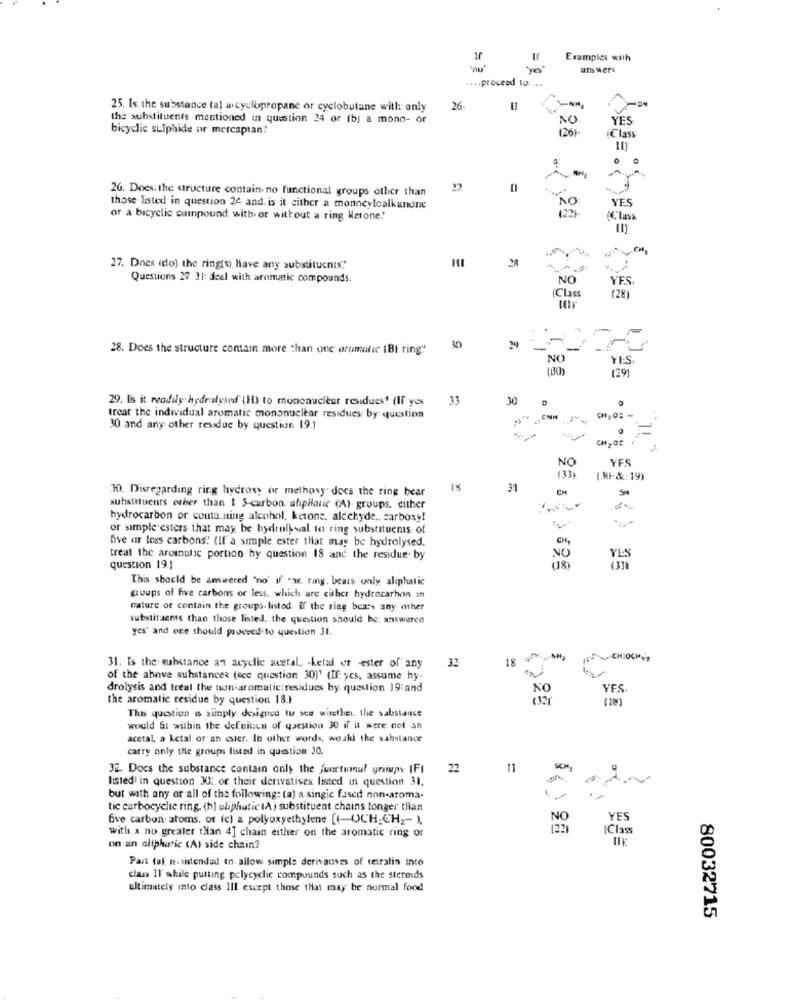
Examples with
answers
.... proceed to ....
25. Is. the substance (a) wcyclopropane or cyclobutane with only
26
the substituents mentioned in question 24 or (b) a mono- or
NO
YES
bicyclic sulphide or mercaptan!
(26)
Class
26. Does. the structure contain. no functional groups etlier than
..
NO
YES
those listed in question 24 and. is it either a monocylcalkanune
or a bicyclic compound with or without a ring Ketone!
C'lass
28
27. Does (no) the ring(s), have any substituents""
Questions 27 31: deal with aromatic compounds.
NO
YES
(Class
(28)
24
28. Does the structure contain more than one aramalic (Bt ring"
30
NO
Yt:S.
(00)
(29)
29. lis it readily hydralysed' (H) to mononuclear residues! (If yes
33
treat the individual aromatic mononuclear residues: by question
30 and any other residue by question. 19.1
CH, OS
NO
YFS
(33%
(.HI-&: 19)
30. Disregarding ring hydroxy or melhovy' docs the ring bear
18
31
CH
substituents other than 1 5-carbon. ahipilaric (A)- groups. cither
hydrocarbon or couta.ning alcohol, ketone. aldehyde .. zarboxy!
or simple esters that may be hydrnlkval to ring substituents of
five ar less carbons! (If'a simple ester that may be hydrolysed.
treat the aromnulic portion hy question 18 and the residue- by
NO
YES
question 19.1
This should be answered 'no' if .ae. ring. bears only aliphatic
groups of five carbons or less, which are cither hydrocarbon in
nature of contain the groups. listed. If the ring bears any other
substituents than those listed. the question should be: answerco
yes' and one should proceedito question 31.
3%
18
31. Is the: substance an acyelle acetal, - ketal er -ester of any
of the above substances (sce question 30)" (If: yes, assume hy-
drolysis and treal the non-aromatic:residues by. question 19:and
YES
the aromatic residue by question 18.1
( 1)
The question is simply designou tu see whether. the sabstance
would Gt within the definition of question 30 if it were not an
acetal, a ketal or an sster. In other words, would the sahstance
carry only the groups listed in question 30.
32. Does the substance contain only the jurtumnul groupy IFI
22
11
listed! in question 30: or their derivatives listed in question 31.
but with any or all of the following: (a) a-singje fased non-aroma-
tic carbocyclic ring. (h) aliphatic IA ) substituent chains longer than
five carbon atoms. or (c) a polyoxyethylene [(-OCH_CH ,- ).
YES
with a no greater than 4] chain either on the aromatic ring or
IClass
on an aliphatic (A) side chain?
Part fal i. sintended to. allow simple derivauses of tetralin into
class Il while putting pelycyclic compounds such as the steroids
ultimately into class Ill except those that may be normal food
80032715